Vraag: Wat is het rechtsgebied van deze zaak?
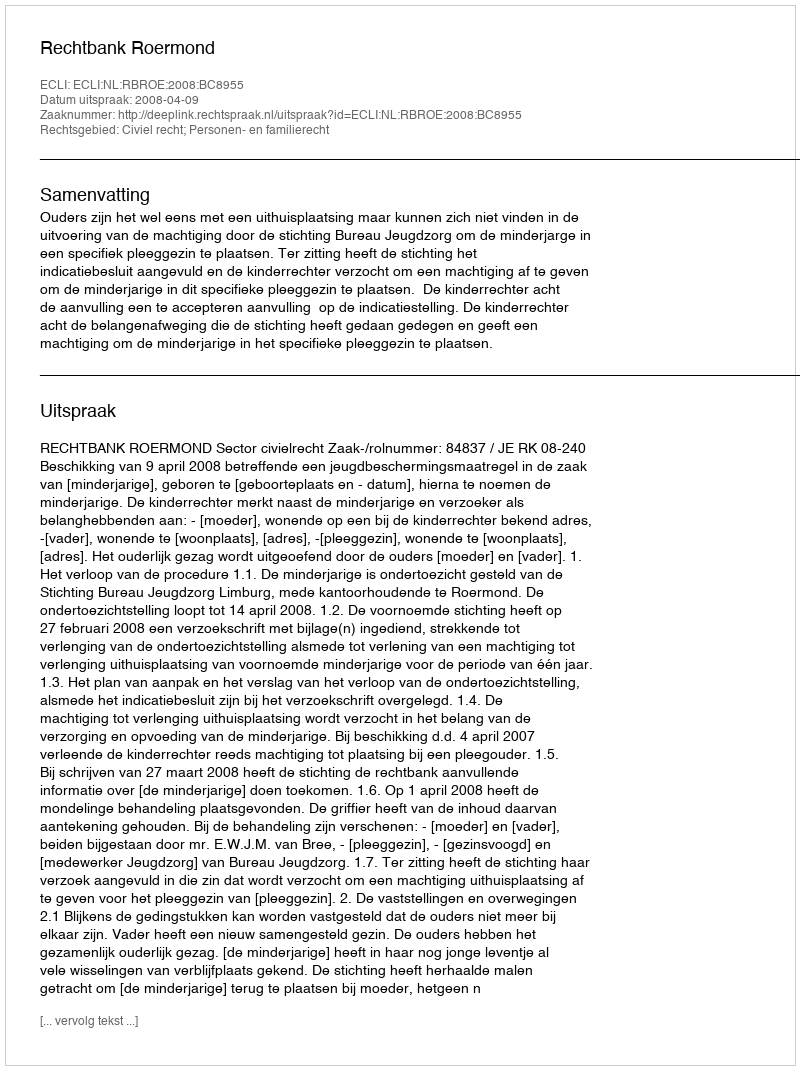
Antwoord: Civiel recht; Personen- en familierecht